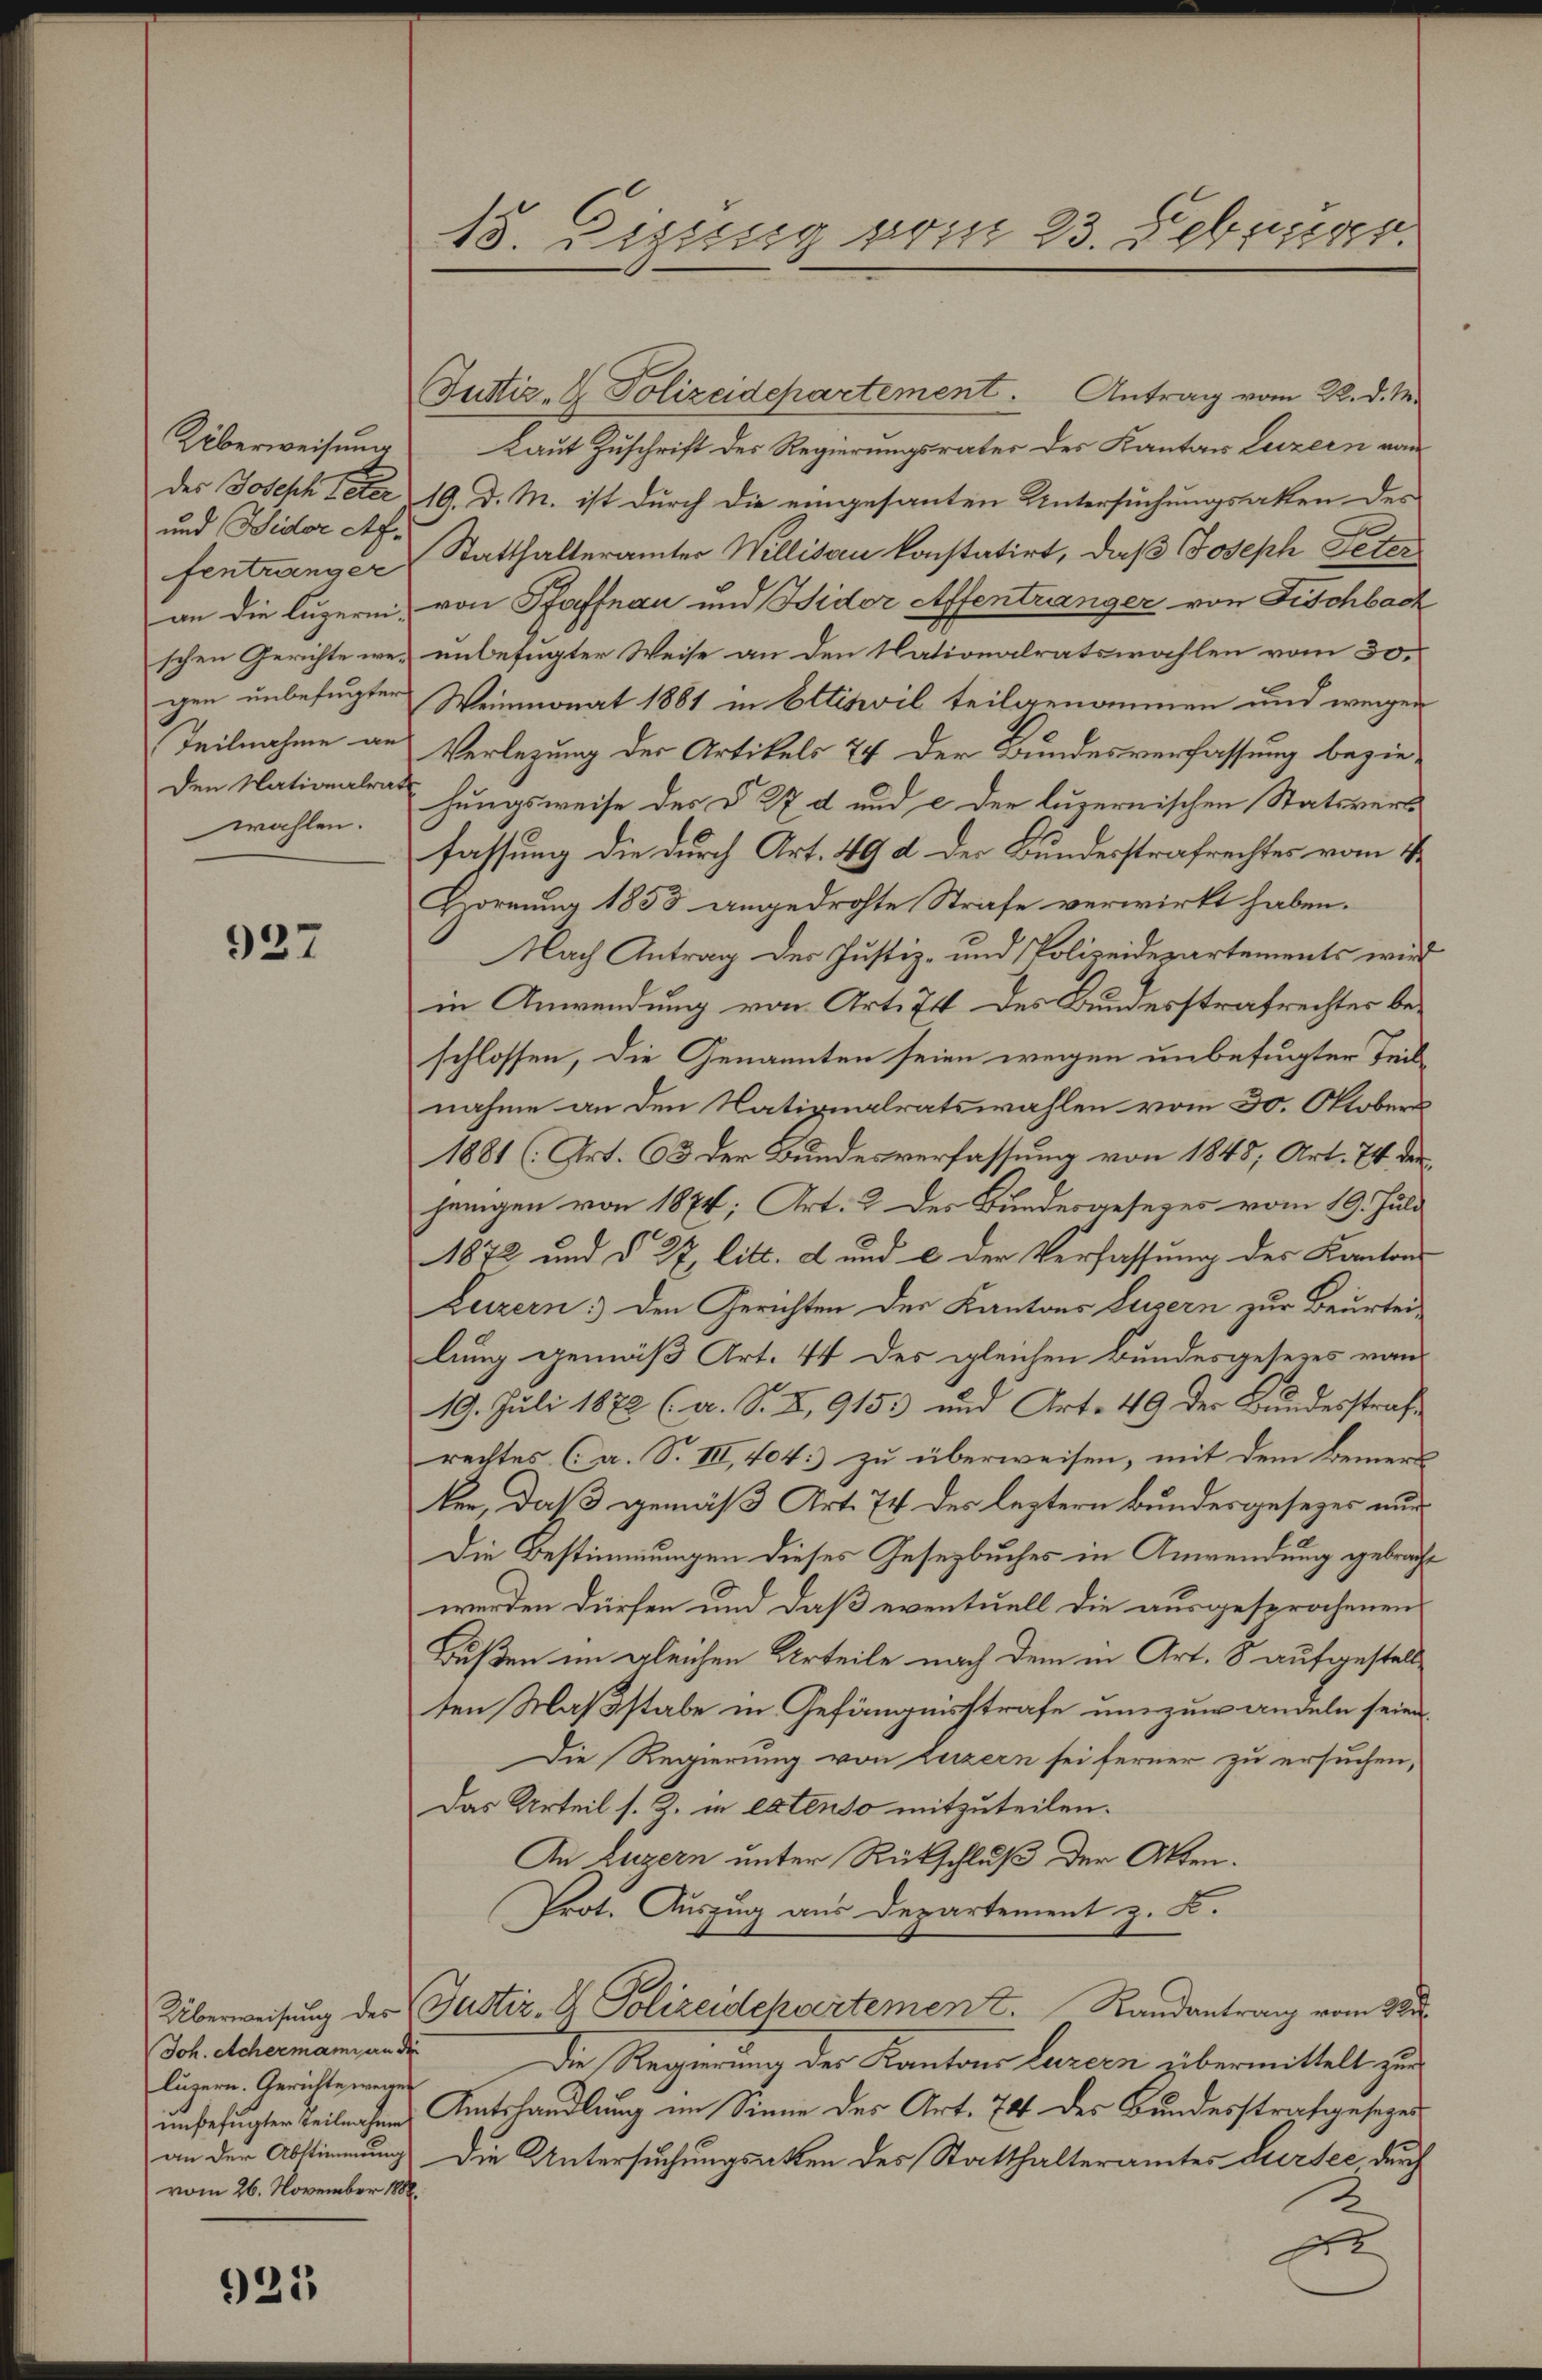
Überweisung
des Joseph Peter
und Wider Af.
fentränger
an die luzernischen Gerichte wegen unbefugter
Teilnahme an
Den Nationalrat
wahlen.

927

Joh. Achermann an die
luzern. Gerichte wegen
vom 26. November 1888.

925

15. Digung vom 23. Februar.

Justiz- & Polizeidepartement. Antrag vom 22. d. M.
Laut Zuschrift des Regierungsrater des Kanton Luzern von
19. d. M. ist durch die eingesanten Untersuchungsakten des
Statthalterämter Willisau konstatirt, daß Joseph Peter
von Pfaffnau und Wider Affentranger von Fischbach
unbefugter Weise an den Nationalratswahlen vom 30.
Weinmonat 1881 in Ettiswil teilgenommen und wegen
Verlegung der Artikels 24 der Bundesverfassung beziehungsweise des § 27 d und c der luzernischen Statsvers
fassung die durch Art. 49 d. der Bundesstrafrechtes vom 4.
Hornung 1853 angedrohte Strafe verwirkt haben.
Nach Antrag der Justiz- und Polizeidepartements wird
in Anwendung von Art. 74 des Bundesstrafrechtes beschlossen, die Genannten seien wegen unbefugter Teilnahme an den Nationalratswahlen vom 30. Oktobers
1881 (Art. 63 der Bundesverfassung von 1848; Art. 74 der
jenigen von 1874; Art. 2 des Bundesgesezes vom 19. Juli
1872 und § 27 litt. d und c der Verfassung des Kantons
Luzern: den Gerichten des Kantons Luzern zur Beurtei-
lung gemäß Art. 44 des gleichen Bundesgesezes von
19. Juli 1872 (a. S. XI, 9153 und Art. 49 der Bundesstrafrechtes (a. S. III, 404. zu überweisen, mit dem keiners
ker, daß gemäß Art. 74 des leztern Bundesgesezes nur
Die Bestimmungen dieses Gesetzbuches in Anwendung gebracht
werden dürfen und daß eventuell die ausgesprochenen
Bußen im gleichen Urteile nach dem in Art. 8 aufgestellten Maßstabe in Gefängnisstrafe umzuwandeln seine
Die Regierung von Luzern sei ferner zu ersuchen,
Das Urteil s. Z. in extenso mitzuteilen.
An Luzern unter Rückschluß der Akten.
Prot. Auszug aus Departement z. B.
Überweisung des Justiz- & Polizeidchvertement. Randantrag vom 28.
Die Regierung der Kantons Luzern übermittelt, zur
unbefugter Teilnahmes Amtshandlung im Sinne des Art. 74 des Bundesstrafgesezesan der Abstimmung die Untersuchungsakten des Statthalteramtes Sursee durch
d